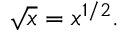
{ \sqrt { x } } = x ^ { 1 / 2 } .